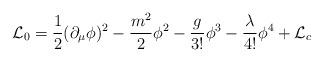
LaTeX: \begin{align*} {\cal L}_0 = {1\over 2} (\partial_{\mu}\phi)^2 - {m^2\over 2} \phi^2 - {g\over 3!}\phi^3 - {\lambda \over 4!} \phi^4 + {\cal L}_c\end{align*}